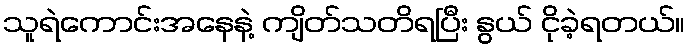
သူရဲကောင်းအနေနဲ့ ကျိတ်သတိရပြီး နွယ် ငိုခဲ့ရတယ်။